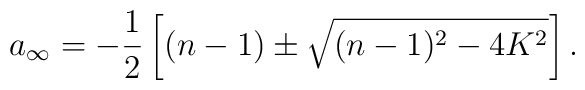
a_\infty = - \frac12 \left[(n-1) \pm \sqrt{(n-1)^2 - 4 K^2}\right].